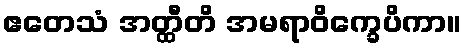
ဧတေသံ အတ္ထီတိ အမရာဝိက္ခေပိကာ။